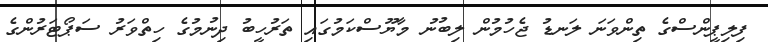
ފިލިޕީންސްގެ ތިންވަނަ ލަނޑު ޖެހުމުން ލިބުނު މާޔޫސްކަމުގައި ތަރުހީބު ދިނުމުގެ ހިތްވަރު ސަޕޯޓަރުންގެ